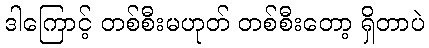
ဒါကြောင့် တစ်စီးမဟုတ် တစ်စီးတော့ ရှိတာပဲ